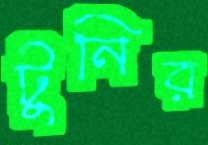
টুনির